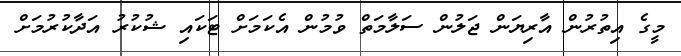
މީގެ އިތުރުން އާރިޔަން ޖަލުން ސަލާމަތް ވުމުން އެކަމަށް ޓަކައި ޝުކުރު އަދާކުރުމަށް